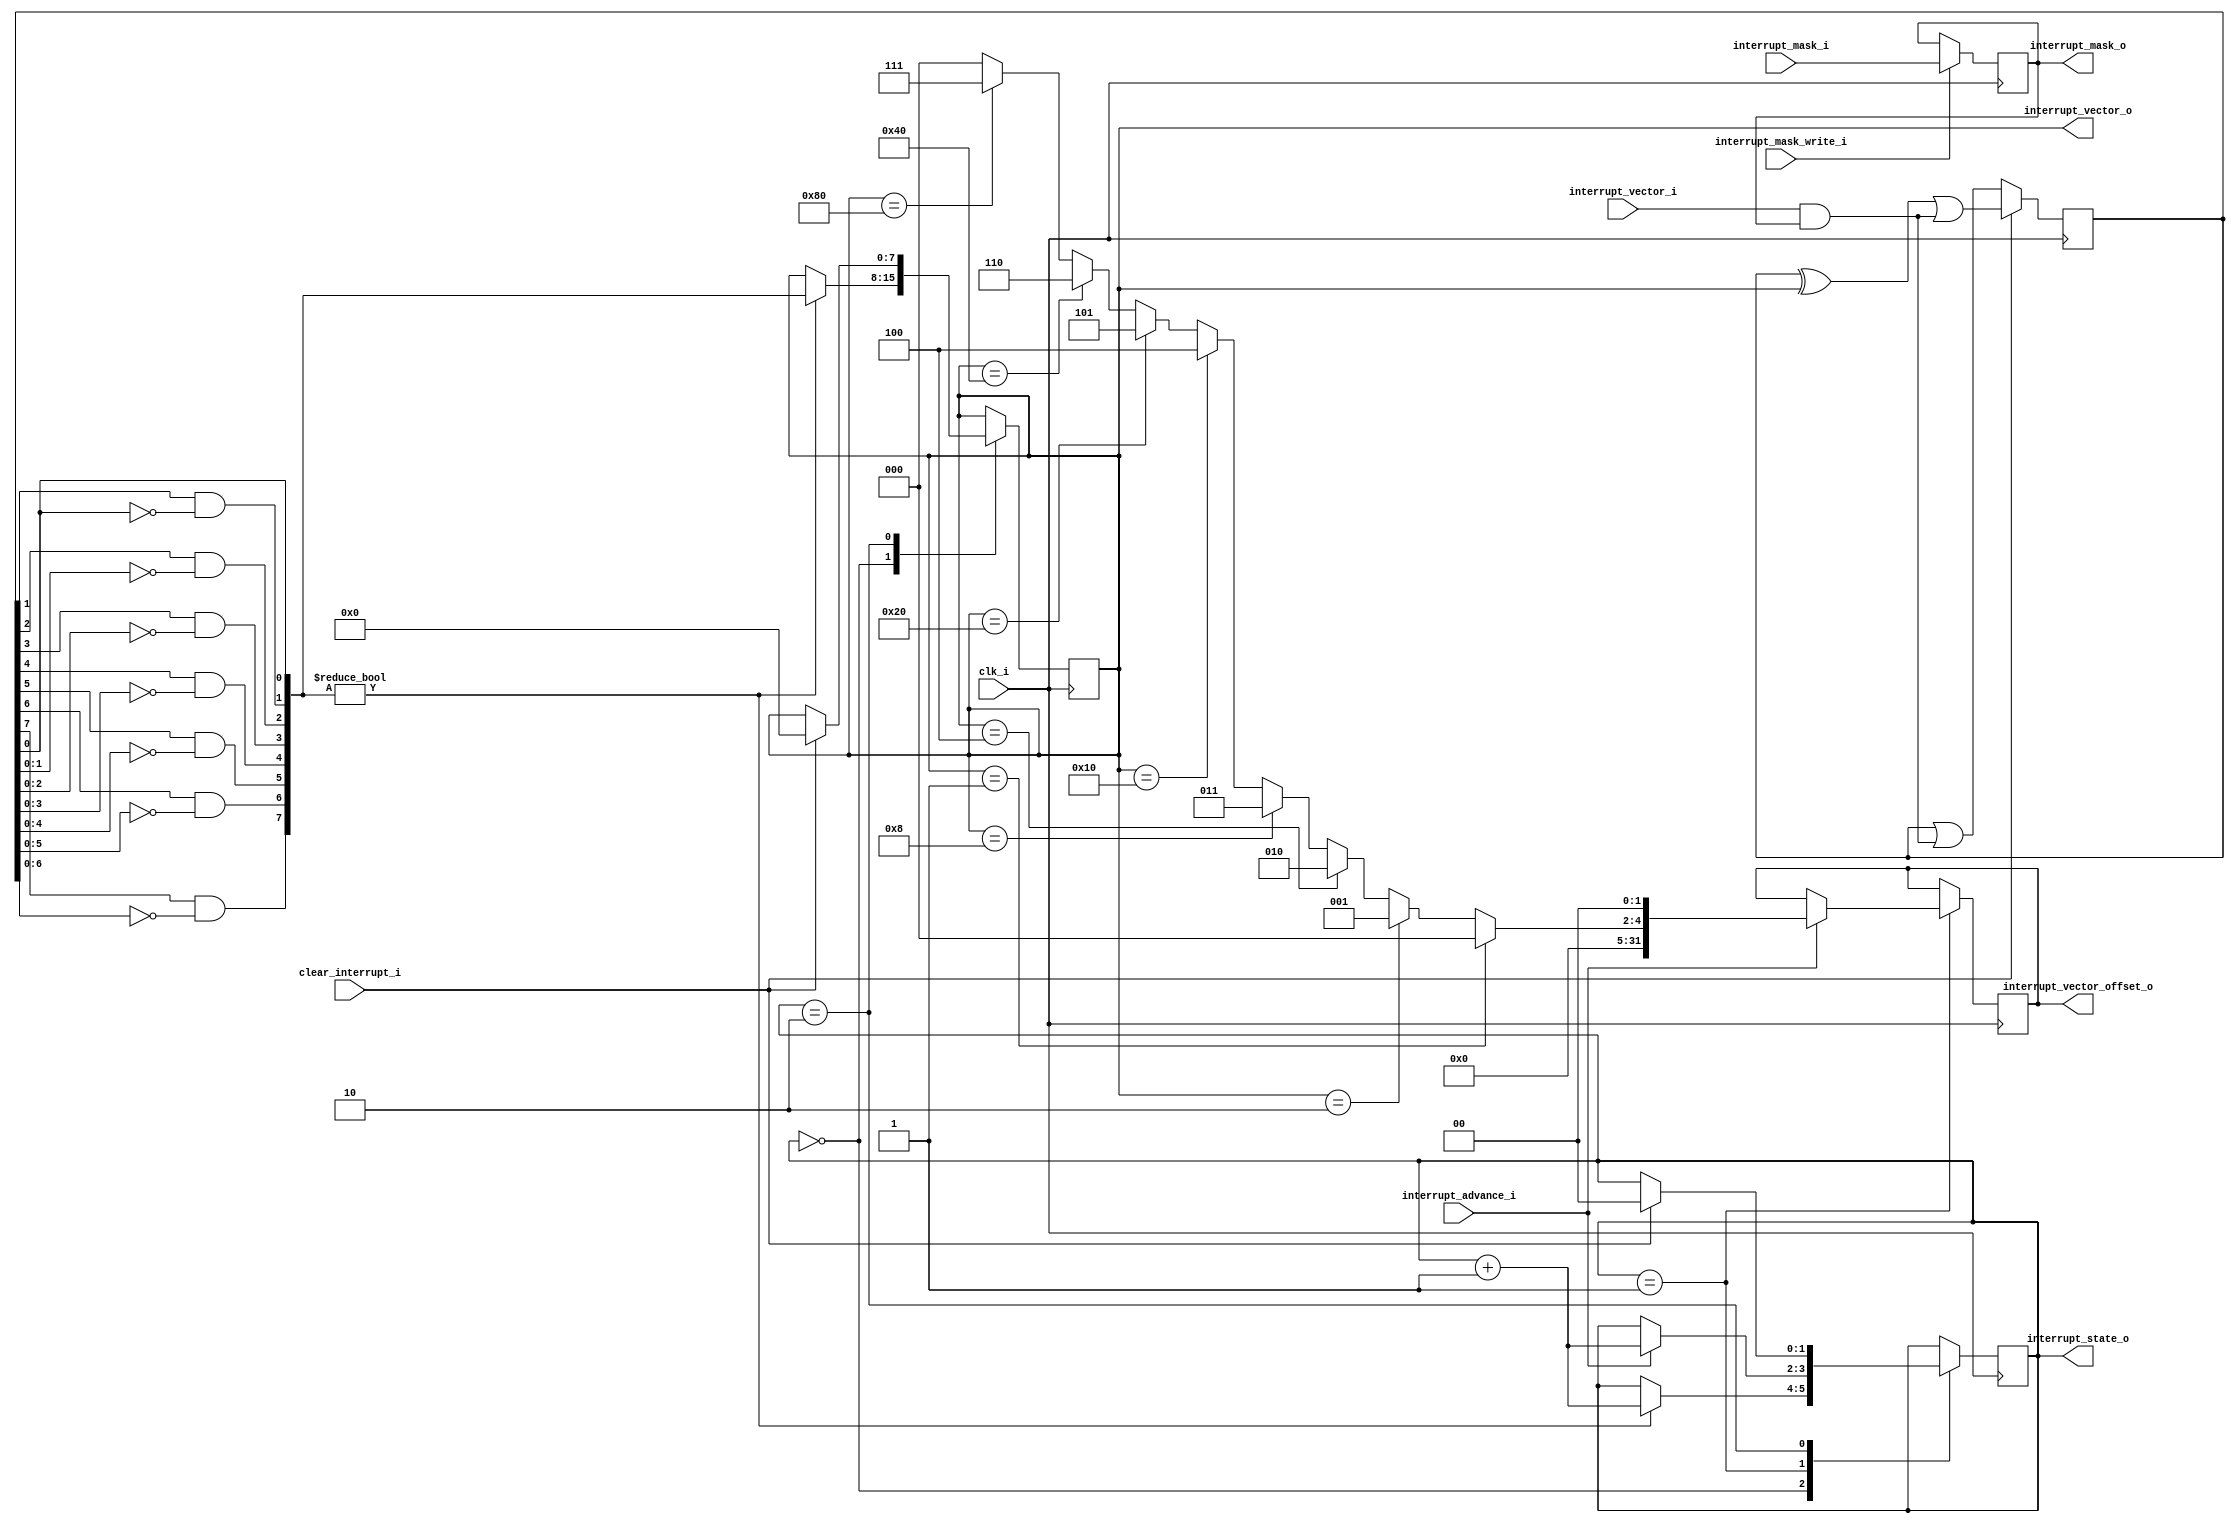
module rv32im_interrupts
  #(
    parameter XLEN = 32,
    parameter ILEN = 32,
    parameter INT_VECT_LEN = 8
  )
  (
    input wire clk_i,
    input wire clear_interrupt_i,
    input wire [INT_VECT_LEN-1:0] interrupt_vector_i,
    output wire [INT_VECT_LEN-1:0] interrupt_vector_o,
    input wire [INT_VECT_LEN-1:0] interrupt_mask_i,
    output wire [INT_VECT_LEN-1:0] interrupt_mask_o,
    input wire interrupt_mask_write_i,
    output reg [XLEN-1:0] interrupt_vector_offset_o,
    output reg [1:0] interrupt_state_o,
    input wire interrupt_advance_i
  );

  reg [INT_VECT_LEN-1:0] interrupt_mask;
  initial interrupt_mask = 0;
  assign interrupt_mask_o = interrupt_mask;
  wire [INT_VECT_LEN-1:0] interrupt_masked = interrupt_vector_i & interrupt_mask;
  reg [INT_VECT_LEN-1:0] interrupt_vector;
  initial interrupt_vector = 0;
  assign interrupt_vector_o = interrupt_handling;
  wire [XLEN-1:0] interrupt_vector_offset_full;

  always @(posedge clk_i) begin
    if (interrupt_mask_write_i)
      interrupt_mask <= interrupt_mask_i;
    
    if (clear_interrupt_i)
      interrupt_vector <= (interrupt_vector ^ interrupt_handling) | interrupt_masked;
    else
      interrupt_vector <= interrupt_vector | interrupt_masked;
  end

  reg [INT_VECT_LEN-1:0] interrupt_handling;
  initial interrupt_handling = 0;
  wire [INT_VECT_LEN-1:0] interrupt_vector_low;

  assign interrupt_vector_low[0] = interrupt_vector[0];
  genvar i;
  generate
    for (i = 1; i < INT_VECT_LEN; i = i + 1) begin
      assign interrupt_vector_low[i] = interrupt_vector[i] & (interrupt_vector[i-1:0] == 0);
    end
  endgenerate  

  always @(posedge clk_i) begin
    case (interrupt_state_o)
      2'b00: 
        begin
          if (interrupt_vector_low != 0) begin
            interrupt_handling <= interrupt_vector_low;
            interrupt_state_o <= interrupt_state_o + 1'b1;
          end
        end
      2'b01:
        begin
          if (interrupt_advance_i) begin
            interrupt_state_o <= interrupt_state_o + 1'b1;
            interrupt_vector_offset_o <= interrupt_vector_offset_full;
          end
        end
      2'b10:
        begin
          if (clear_interrupt_i) begin
            interrupt_handling <= 0;
            interrupt_state_o <= 0;
          end
        end
      default: ;
    endcase
  end

  // // Frustrating that this language doesn't support a proper parametric one-hot to binary decoder
  // // Generated with onehot2bin.py
  // reg [2:0] interrupt_vector_offset;
  // always @(*) begin
  //   case (interrupt_handling)
  //     8'h01: interrupt_vector_offset = 3'h0;
  //     8'h02: interrupt_vector_offset = 3'h1;
  //     8'h04: interrupt_vector_offset = 3'h2;
  //     8'h08: interrupt_vector_offset = 3'h3;
  //     8'h10: interrupt_vector_offset = 3'h4;
  //     8'h20: interrupt_vector_offset = 3'h5;
  //     8'h40: interrupt_vector_offset = 3'h6;
  //     8'h80: interrupt_vector_offset = 3'h7;
  //     default: interrupt_vector_offset = 0;
  //   endcase
  // end
  localparam OFFSET_LEN = $clog2(INT_VECT_LEN);

  // may or may not be synthesizeable this way
  reg [OFFSET_LEN-1:0] interrupt_vector_offset;
  
  integer j;
  always @(*) begin
    interrupt_vector_offset = 0;
    for (j = INT_VECT_LEN - 1; j > -1; j = j - 1)
      if (interrupt_handling == (1 << j))
        interrupt_vector_offset = j[OFFSET_LEN-1:0];
  end

  assign interrupt_vector_offset_full = {{(XLEN-OFFSET_LEN)-2{1'b0}}, interrupt_vector_offset, 2'b0};

endmodule